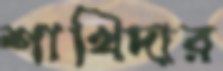
শাখিদার